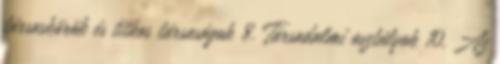
társaskörök és titkos társaságok 8. Társadalmi osztályok 10. Az